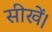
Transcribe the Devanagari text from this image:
सीखें।